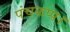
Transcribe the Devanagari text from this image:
पंचकप्प।